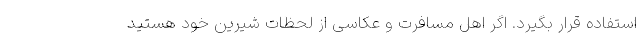
استفاده قرار بگیرد. اگر اهل مسافرت و عکاسی از لحظات شیرین خود هستید